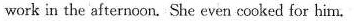
work in the afternoon. She even cooked for him.